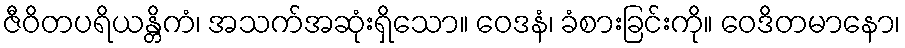
ဇီဝိတပရိယန္တိကံ၊ အသက်အဆုံးရှိသော။ ဝေဒနံ၊ ခံစားခြင်းကို။ ဝေဒိတမာနော၊